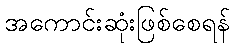
အကောင်းဆုံးဖြစ်စေရန်